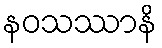
နဝသဿာနိ